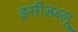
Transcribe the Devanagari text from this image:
इसीडब्लू